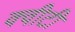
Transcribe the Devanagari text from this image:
क्‍वीटी